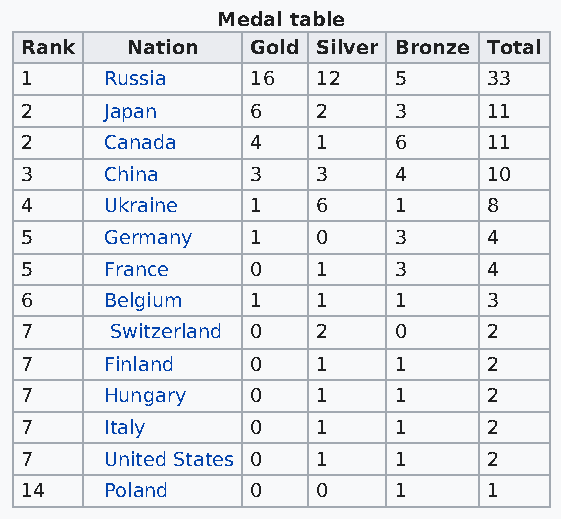
Medal table
 Rank   Nation   Gold Silver Bronze Total
 1     Russia    16  12   5     33
 2     Japan     6   2    3     11
 2     Canada    4   1    6     11
 3     China     3   3    4     10
 4     Ukraine   1   6    1     8
 5     Germany   1   0    3     4
 5     France    0   1    3     4
 6     Belgium   1   1    1     3
 7     Switzerland 0 2    0     2
 7     Finland   0   1    1     2
 7     Hungary   0   1    1     2
 7     Italy     0   1    1     2
 7     United States 0 1  1     2
 14    Poland    0   0    1     1